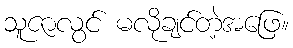
သူဇာလွင် မလိုချင်တဲ့အဖြေ။